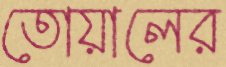
তোয়ালের